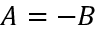
A = - B